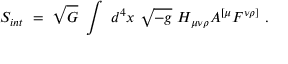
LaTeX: S _ { i n t } ~ = ~ \sqrt { G } ~ \int ~ d ^ { 4 } x ~ \sqrt { - g } ~ H _ { \mu \nu \rho } A ^ { [ \mu } F ^ { \nu \rho ] } ~ .